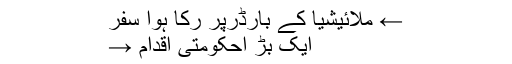
← ملائیشیا کے بارڈرپر رکا ہوا سفر
ایک بڑ احکومتی اقدام →